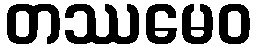
တဿမေဝ